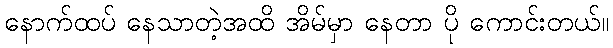
နောက်ထပ် နေသာတဲ့အထိ အိမ်မှာ နေတာ ပို ကောင်းတယ်။